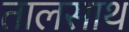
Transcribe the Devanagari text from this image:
तालसाथ